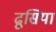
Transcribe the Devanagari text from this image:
ढूसिया